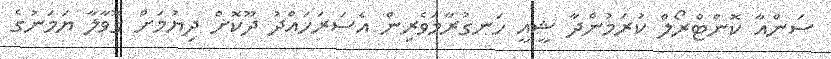
ސަންއާ ކޮންޓްރޯލް ކުރަމުންދާ ޝީއީ ހަނގުރާމަވެރިން އެސަރަހައްދު ދޫކޮށް ދިޔުމަށް ގޮވާލާ ޔަމަނުގެ